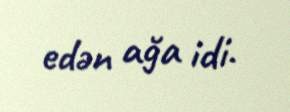
edən ağa idi.